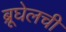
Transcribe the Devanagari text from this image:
ब्रूघेलची